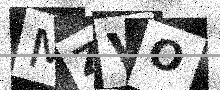
Text: MZVO